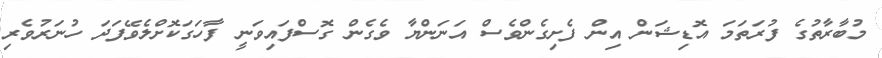
މުބާރާތުގެ ފުރަތަމަ އޮޑިޝަން އިން ފެށިގެންވެސް އަނަންޔާ ވެގެން ގޮސްފައިވަނީ ފާހަގަކޮށްލެވޭފަދަ ހުނަރުވެރި